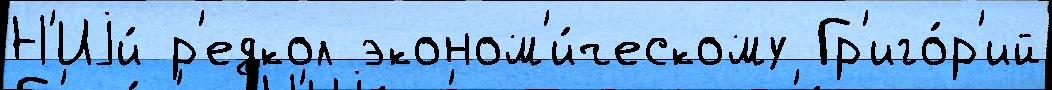
Н'Иjи́ р'едкол эконом'и́ческому Гр'иго́р'ий